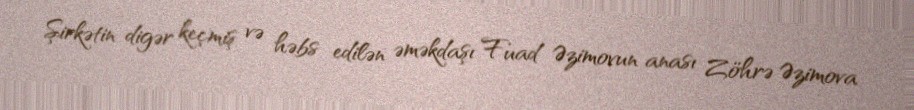
Şirkətin digər keçmiş və həbs edilən əməkdaşı Fuad Əzimovun anası Zöhrə Əzimova